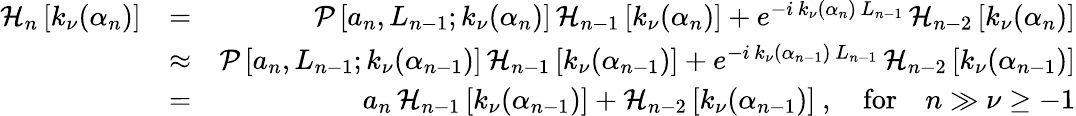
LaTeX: \begin{array}{rlr}{\mathcal{H}_{n}\left[k_{\nu}(\alpha_{n})\right]}&{=}&{\mathcal{P}\left[a_{n},L_{n-1};k_{\nu}(\alpha_{n})\right]\, \mathcal{H}_{n-1}\left[k_{\nu}(\alpha_{n})\right]+e^{-i\, k_{\nu}(\alpha_{n})\, L_{n-1}}\, \mathcal{H}_{n-2}\left[k_{\nu}(\alpha_{n})\right]}\\ &{\approx}&{\mathcal{P}\left[a_{n},L_{n-1};k_{\nu}(\alpha_{n-1})\right]\, \mathcal{H}_{n-1}\left[k_{\nu}(\alpha_{n-1})\right]+e^{-i\, k_{\nu}(\alpha_{n-1})\, L_{n-1}}\, \mathcal{H}_{n-2}\left[k_{\nu}(\alpha_{n-1})\right]}\\ &{=}&{a_{n}\, \mathcal{H}_{n-1}\left[k_{\nu}(\alpha_{n-1})\right]+\mathcal{H}_{n-2}\left[k_{\nu}(\alpha_{n-1})\right]\ ,\quad\mathrm{for}\quad n\gg\nu\geq-1}\end{array}